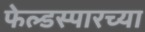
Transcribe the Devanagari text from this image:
फेल्डस्पारच्या